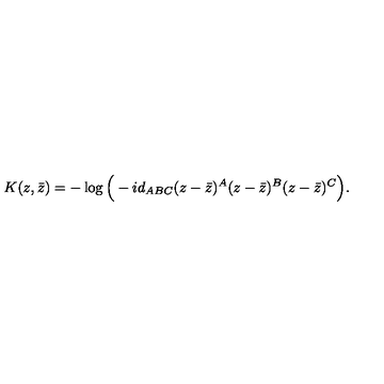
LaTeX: K ( z , \bar { z } ) = - \log \Big ( - i d _ { A B C } ( z - \bar { z } ) ^ { A } ( z - \bar { z } ) ^ { B } ( z - \bar { z } ) ^ { C } \Big ) .